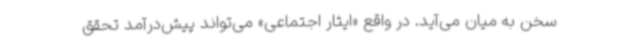
سخن به میان می‌آید. در واقع «ایثار اجتماعی» می‌تواند پیش‌درآمد تحقق